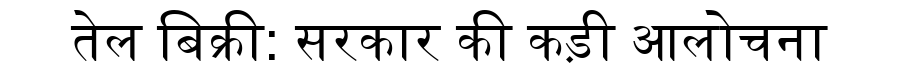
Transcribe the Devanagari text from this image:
तेल बिक्री: सरकार की कड़ी आलोचना